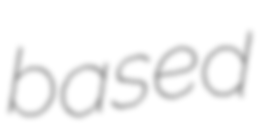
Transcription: based